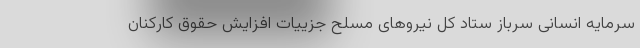
سرمایه انسانی سرباز ستاد کل نیروهای مسلح جزییات افزایش حقوق کارکنان